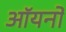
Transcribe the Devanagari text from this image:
ऑयनों